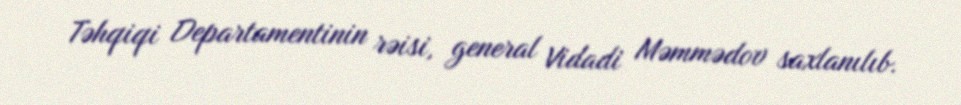
Təhqiqi Departamentinin rəisi, general Vidadi Məmmədov saxlanılıb.